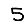
Digit: 5